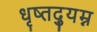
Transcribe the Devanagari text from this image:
धृष्तद्युम्न